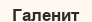
Галенит